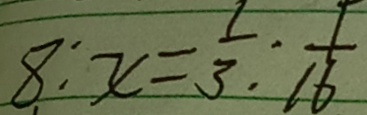
8 o l o n x = \frac { 1 } { 3 } o l o n \frac { 1 } { 1 6 }